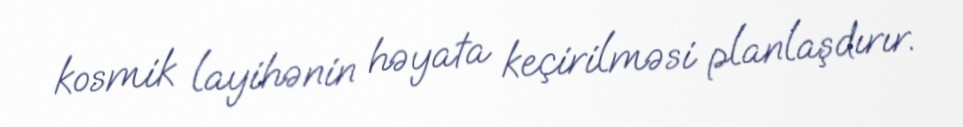
kosmik layihənin həyata keçirilməsi planlaşdırır.